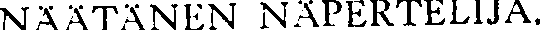
NÄÄTÄNEN NÄPERTELIJA.